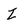
Character: Z